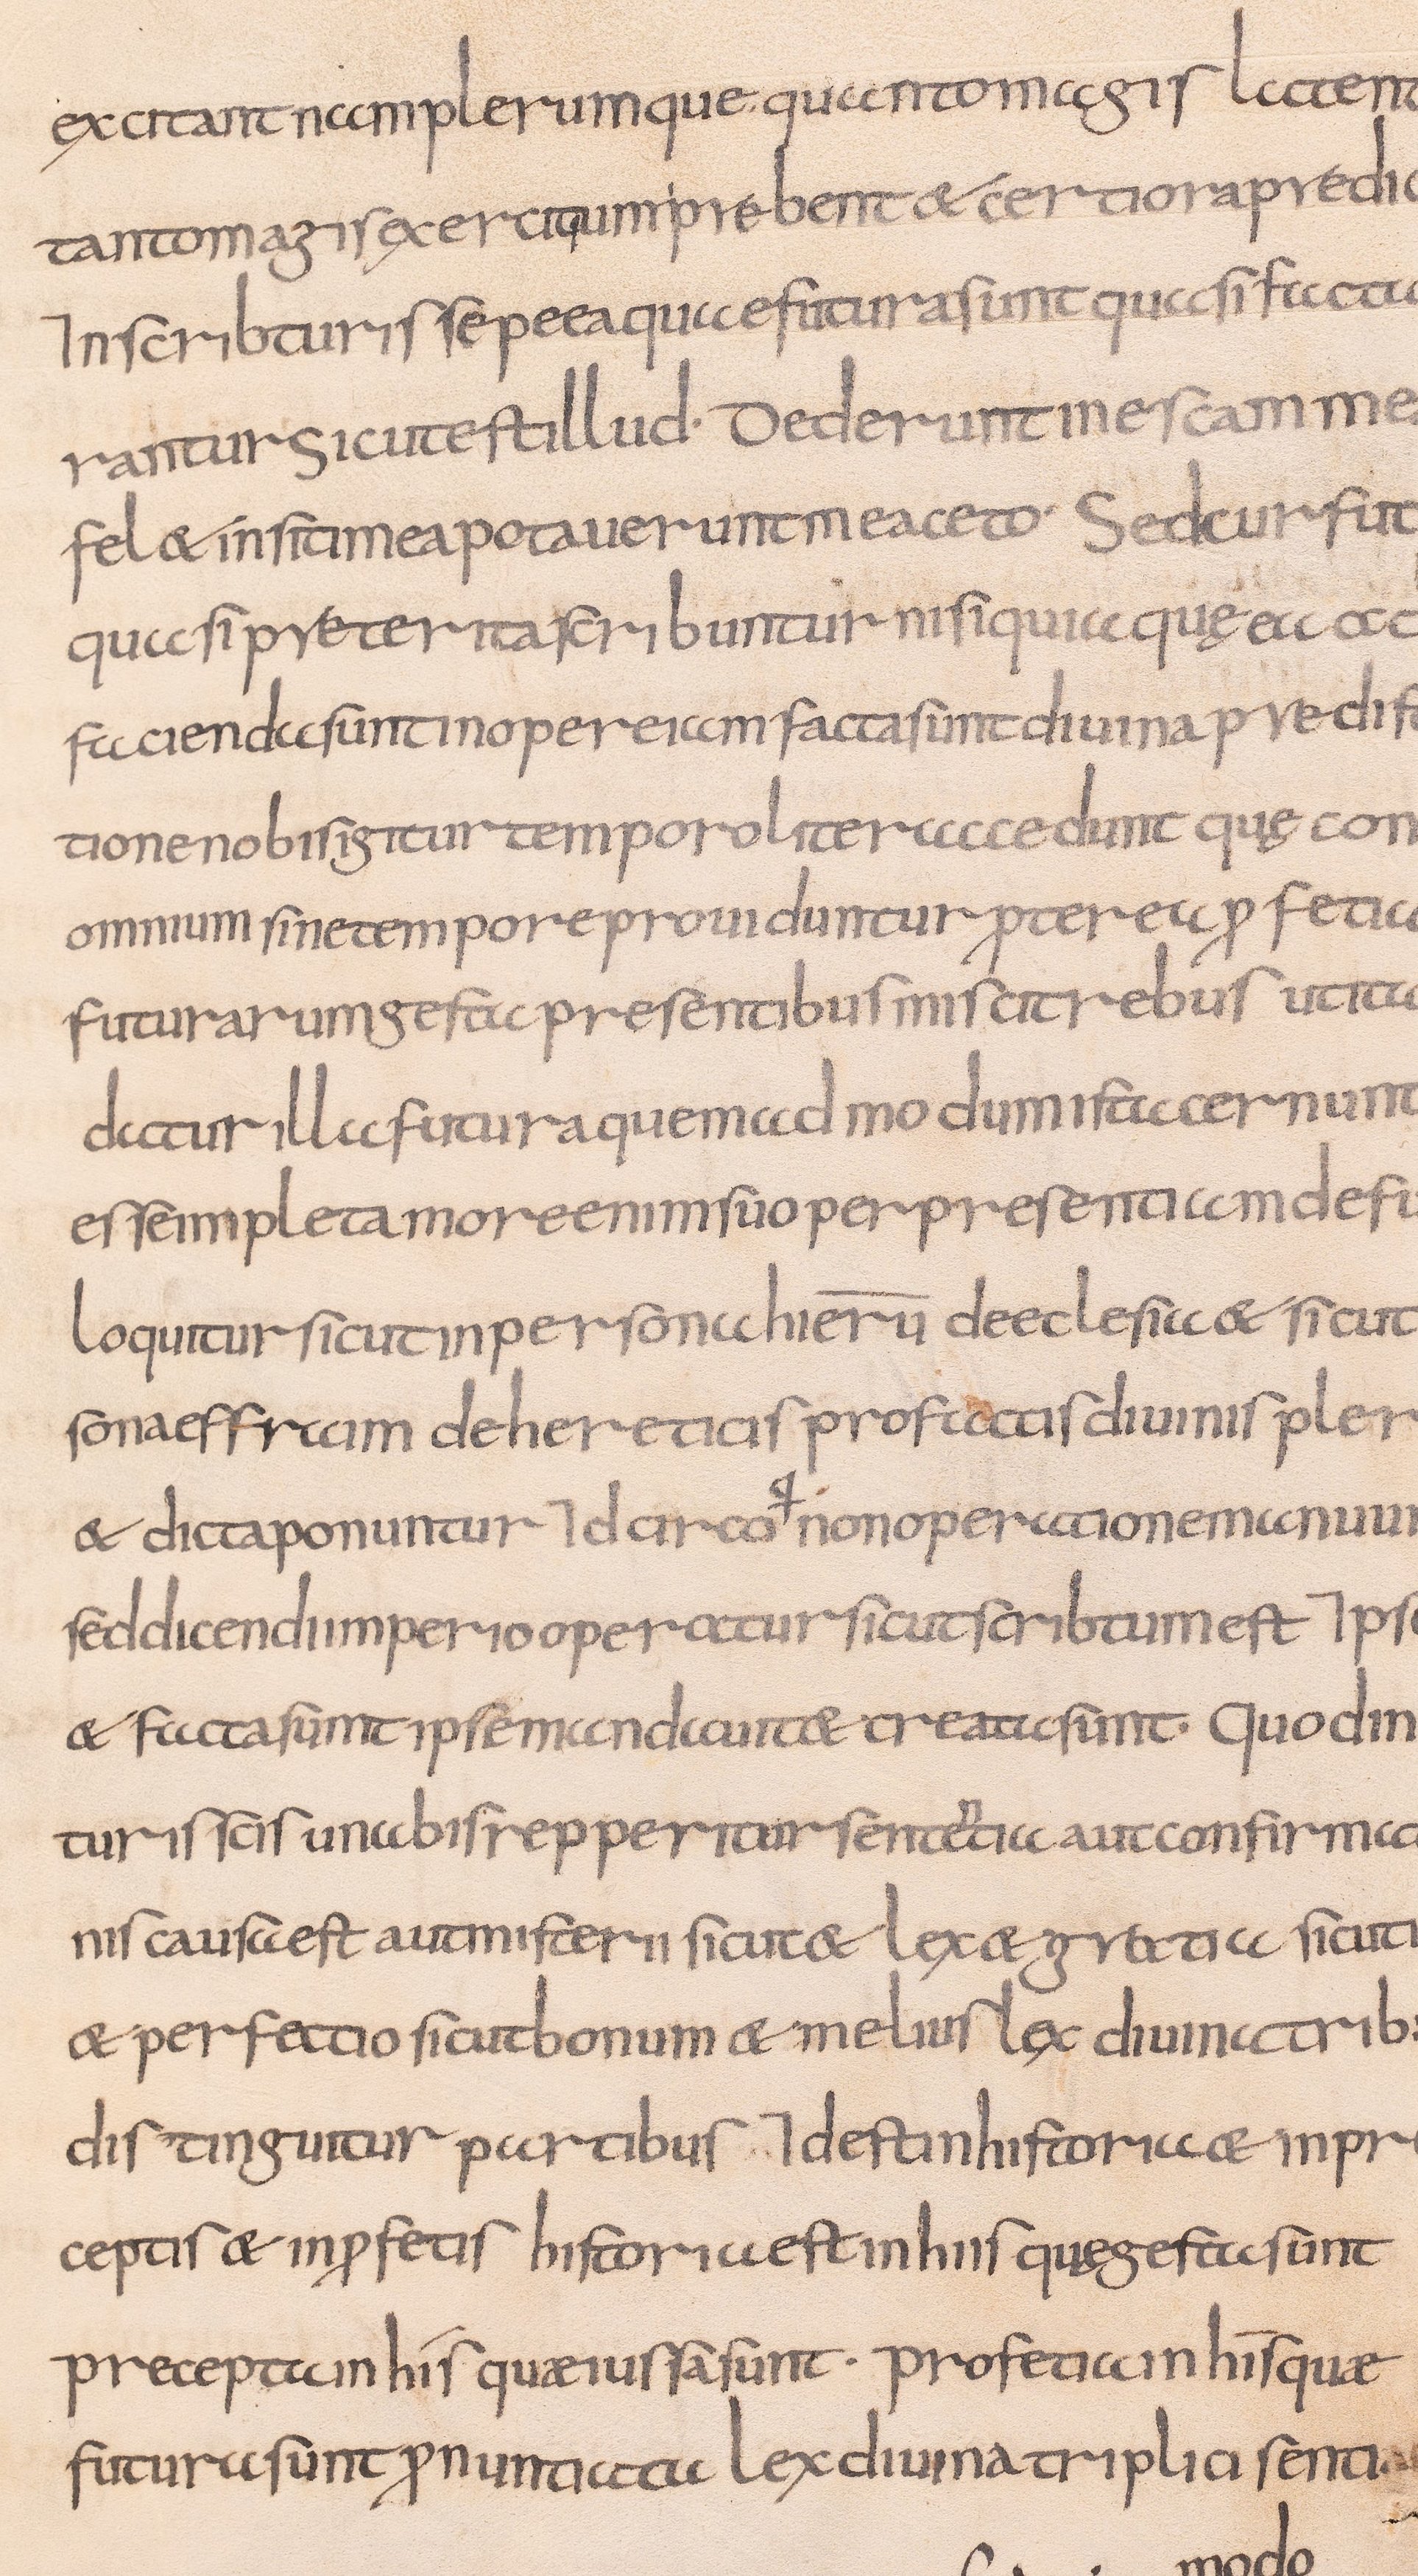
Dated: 800–832